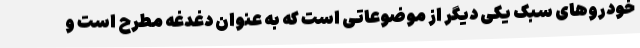
خودروهای سبک یکی دیگر از موضوعاتی است که به عنوان دغدغه مطرح است و